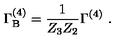
\Gamma _ { \mathrm { B } } ^ { ( 4 ) } = \frac { 1 } { Z _ { 3 } Z _ { 2 } } \Gamma ^ { ( 4 ) } \ .